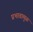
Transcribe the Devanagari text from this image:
प्रभावामुळं